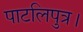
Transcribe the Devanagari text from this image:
पाटलिपुत्र।